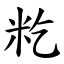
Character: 籺